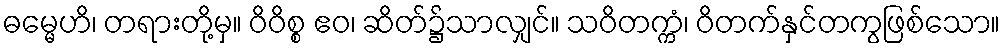
ဓမ္မေဟိ၊ တရားတို့မှ။ ဝိဝိစ္စ ဧဝ၊ ဆိတ်၌သာလျှင်။ သဝိတက္ကံ၊ ဝိတက်နှင်တကွဖြစ်သော။